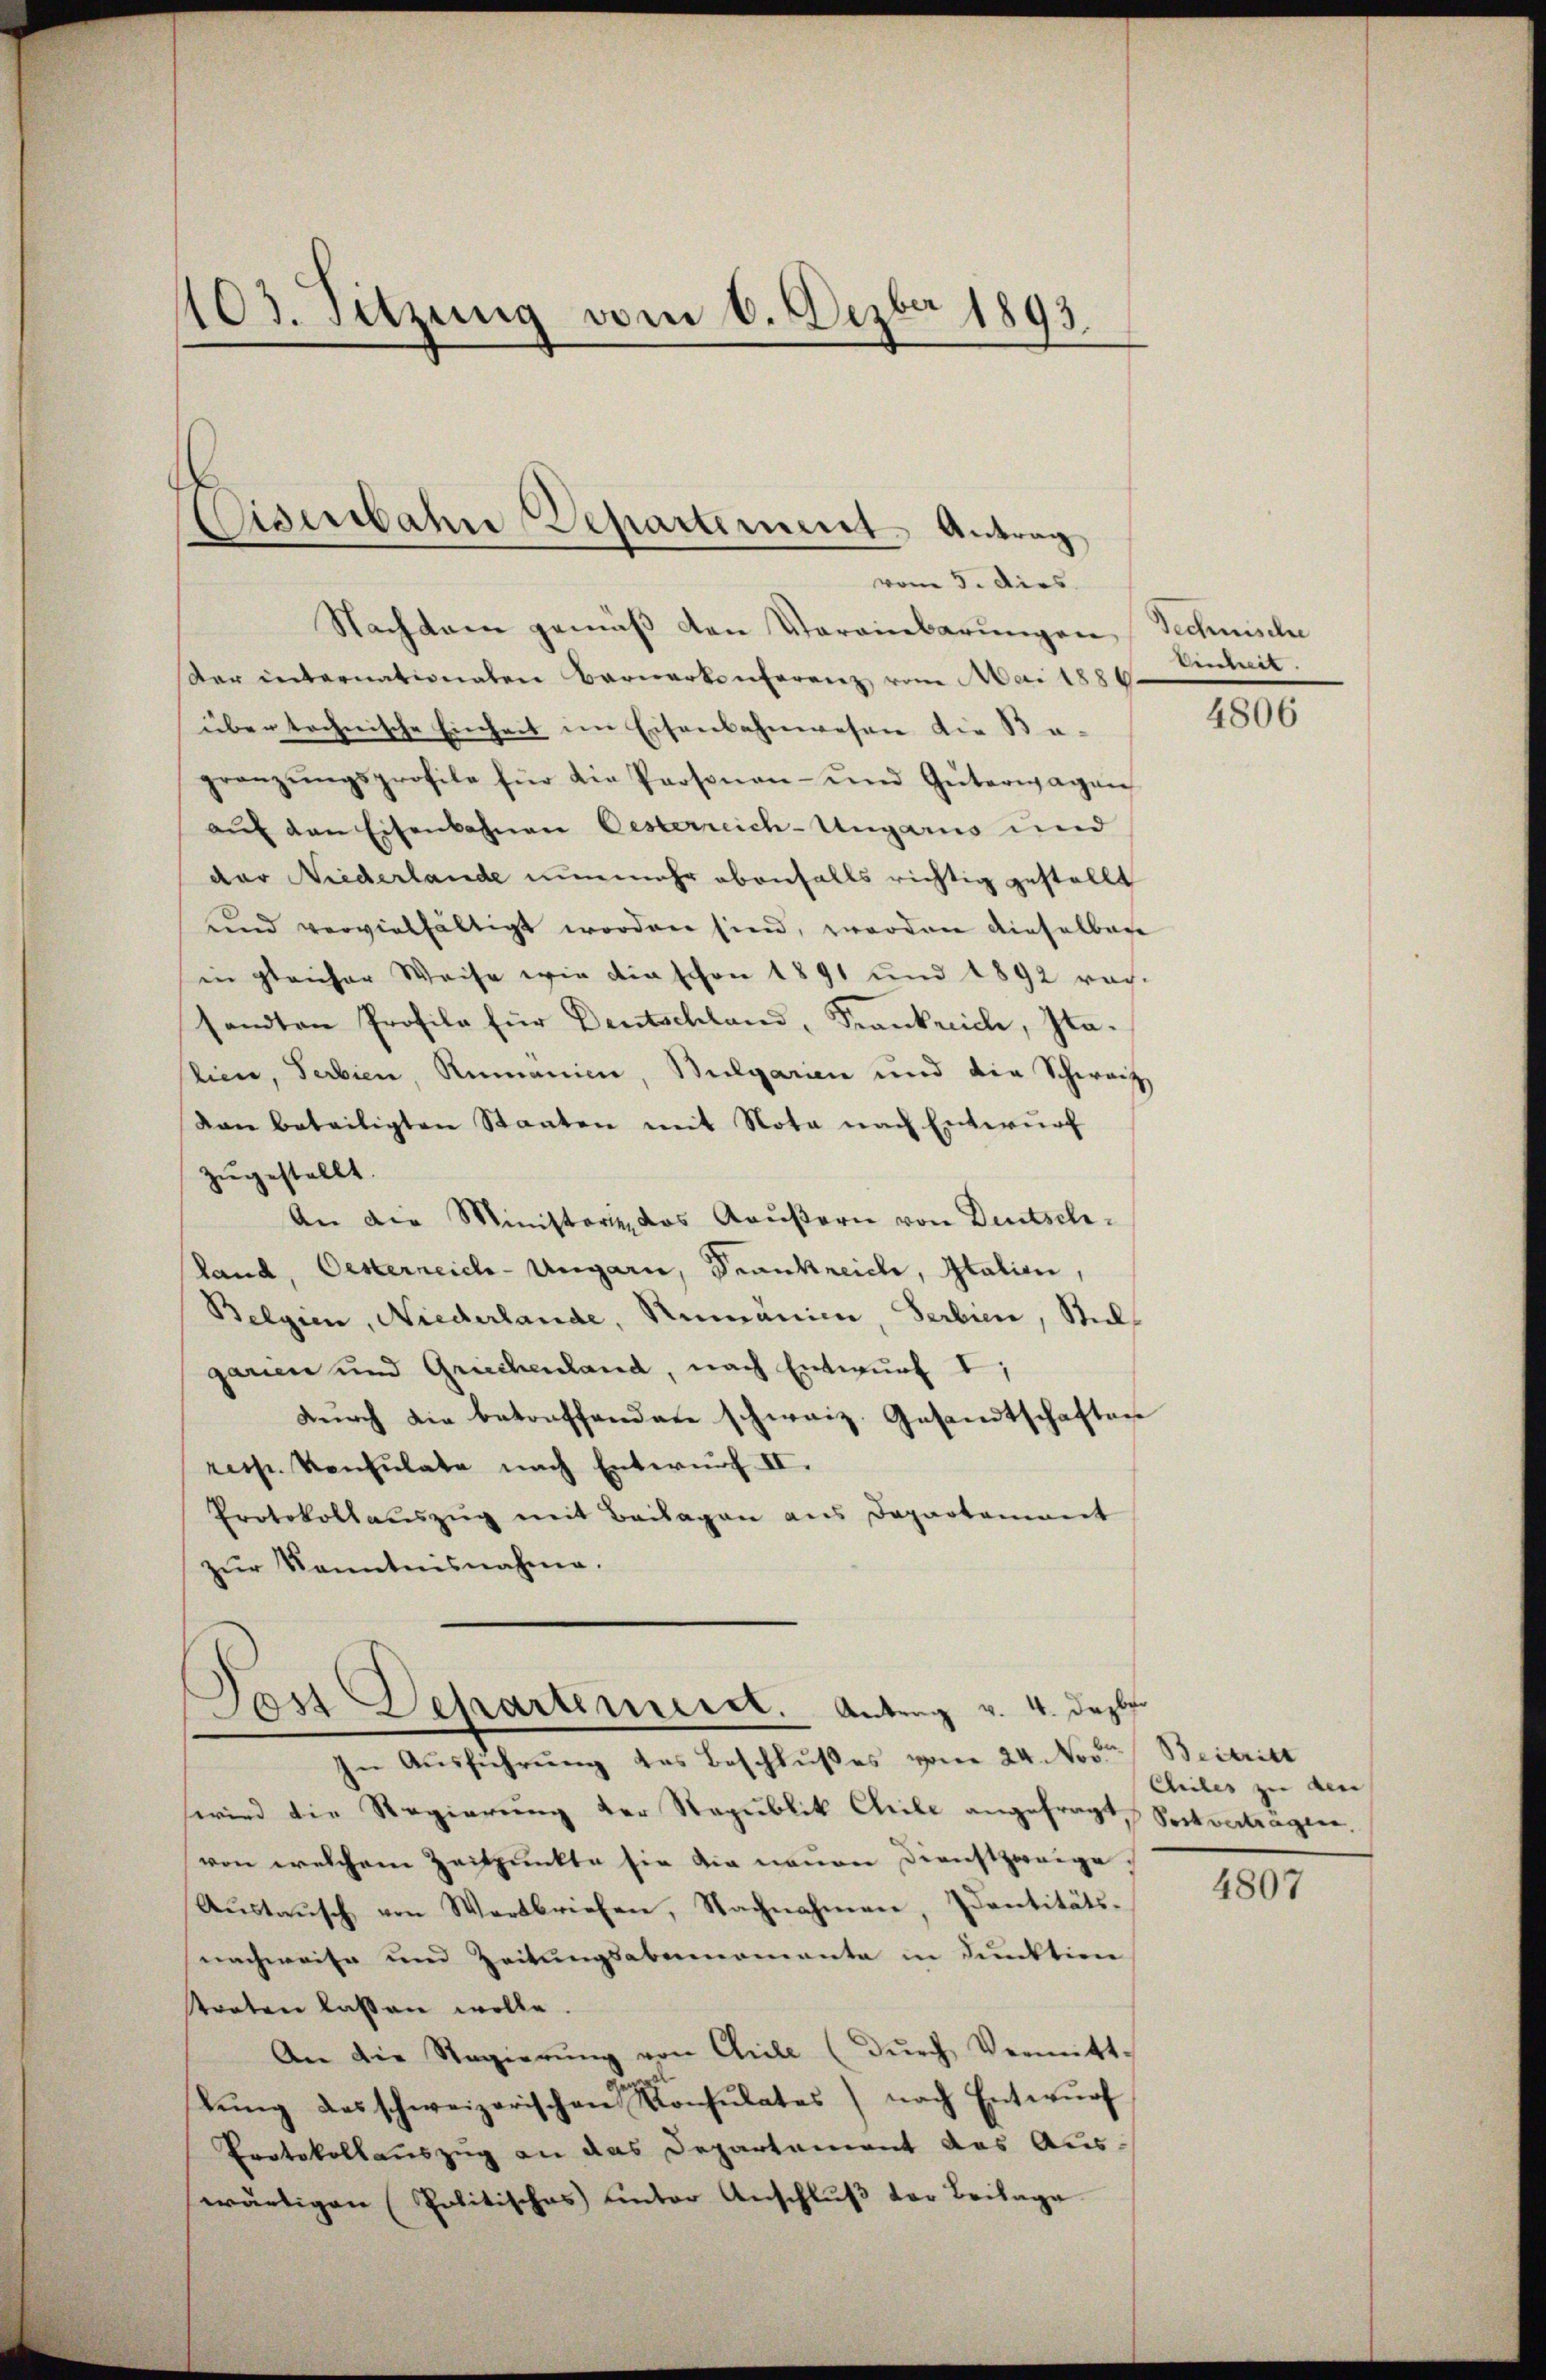
103. Sitzung vom 6. Dezbr 1893.

Ciserbahn Departement. Antrag
vom 5. dies

Nachdem gemäß den Vereinbarungen Technische
der internationaten Bernerkonferenz vom Mai 1880.
über technische Einheit im Eisenbahnwesen die Be-
gränzŭngsprofile für die Personen- und Güterwagen
auf den Eisenbahnen Oesterreich-Ungaris und
der Niederlande nunmehr ebenfalls richtig gestellt
und vervielfältigt worden sind, zworden dieselbere
in gleicher Weise wie die schon 1891 und 1892 rach-
sandten Profile für Deutschland, Krankrich, Italien, Serbien, Rumänien, Bulgarien und die Schwarz
Von beteiligten Staaten mit Nota nach Entwurf
zugestellt.
An die Ministerie, das Gaußern von Deutschland, Oesterreich-Ungarn, Krankreiche, Italien,
Belgien, Niederlande, Rumänien, Serbien, Stelgarien und Griechenland, nach Entwurf I;
dŭrch die betreffenden schweiz. Gesandtschaften
ress. Konsulate nach Entwurf II.
Protokollaŭszŭg mit Beilagen aus Departement
zŭr Kenntnisnahme.

Das Departement. Antrag v. 4. Dezbr.

In Ausführung des Beschlußes vom 24. No.
wird die Regierung der Republik Chile angefragt Sortverträgen,
von welchem Zeitpunkte sie die neuen Dienstzweige,
Aŭstaŭsch von Wertbriefen, Nachnahmen, Sentitäts-
nachweise und Zeitungsabernomente in Funktion
torten lassen wolle.
An die Regierŭng von Chrile (dŭrch Vermitt-
lŭng des schweizerischen Konsulates) nach Entwŭrf
Protokollauszug an das Departement das Aus-
wärtigen (Politisches unter Anschluß der Beilage

Einheit

4806

Beitritt
Chiles zu den |

4807